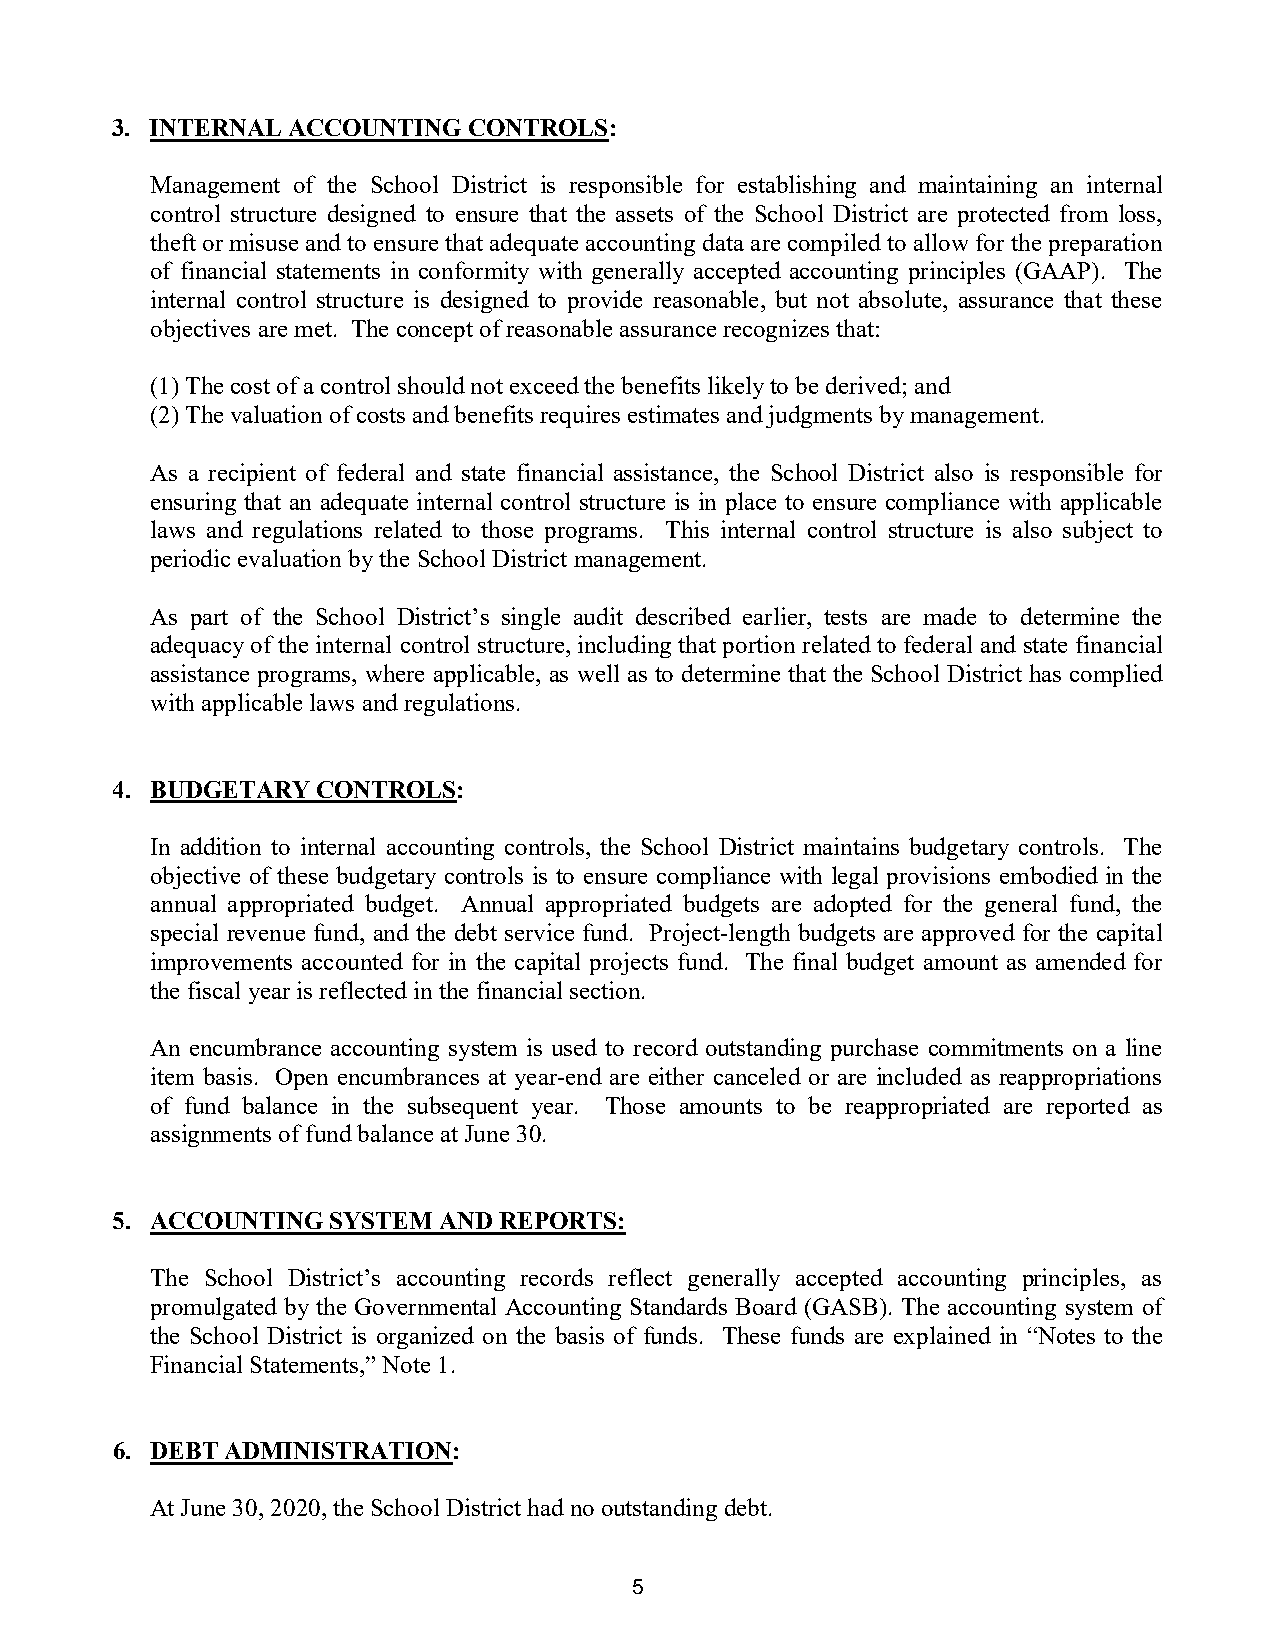
3. INTERNAL ACCOUNTING  CONTROLS:
 Management of the School District is responsible for establishing and maintaining an internal
 control structure designed to ensure that the assets of the School District are protected from loss,
 theft or misuse and to ensure that adequate accounting data are compiled to allow for the preparation
 of financial statements in conformity with generally accepted accounting principles (GAAP). The
 internal control structure is designed to provide reasonable, but not absolute, assurance that these
 objectives are met. The concept of reasonable assurance recognizes that:
 (1) Thecost of a control should not exceed the benefits likely to be derived; and
 (2) Thevaluation of costs and benefits requires estimates and judgments by management.
 As a recipient of federal and state financial assistance, the School District also is responsible for
 ensuring that an adequate internal control structure is in place to ensure compliance with applicable
 laws and regulations related to those programs. This internal control structure is also subject to
 periodic evaluation by the School District management.
 As part of the School District’s single audit described earlier, tests are made to determine the
 adequacy of the internal control structure, including that portion related to federal and state financial
 assistance programs, where applicable, as well as to determine that the School District has complied
 with applicable laws and regulations.
 4. BUDGETARY  CONTROLS:
 In addition to internal accounting controls, the School District maintains budgetary controls. The
 objective of these budgetary controls is to ensure compliance with legal provisions embodied in the
 annual appropriated budget. Annual appropriated budgets are adopted for the general fund, the
 special revenue fund, and the debt service fund. Project-length budgets are approved for the capital
 improvements accounted for in the capital projects fund. The final budget amount as amended for
 the fiscal year is reflected in the financial section.
 An encumbrance accounting system is used to record outstanding purchase commitments on a line
 item basis. Open encumbrances at year-end are either canceled or are included as reappropriations
 of fund balance in the subsequent year. Those amounts to be reappropriated are reported as
 assignmentsof fund balance at June 30.
 5. ACCOUNTING  SYSTEM AND REPORTS:
 The School District’s accounting records reflect generally accepted accounting principles, as
 promulgated by the Governmental Accounting Standards Board (GASB). The accounting system of
 the School District is organized on the basis of funds. These funds are explained in “Notes to the
 Financial Statements,” Note 1.
 6. DEBT ADMINISTRATION:
 At June 30, 2020, the School District had nooutstanding debt.
 5